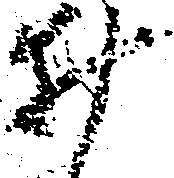
井